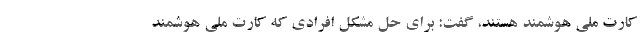
کارت ملی هوشمند هستند، گفت: برای حل مشکل افرادی که کارت ملی هوشمند